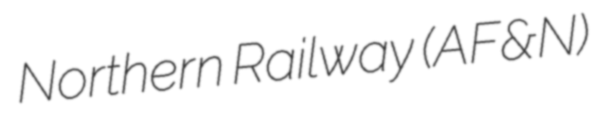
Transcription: Northern Railway (AF&N)